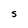
Character: s